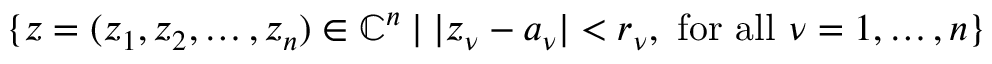
\{ z = ( z _ { 1 } , z _ { 2 } , \dots , z _ { n } ) \in { \mathbb { C } } ^ { n } \mid | z _ { \nu } - a _ { \nu } | < r _ { \nu } , { \mathrm { ~ f o r ~ a l l ~ } } \nu = 1 , \dots , n \}